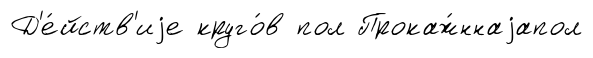
Д'е́йств'иjе круго́в пол Прокаж́ннаjапол